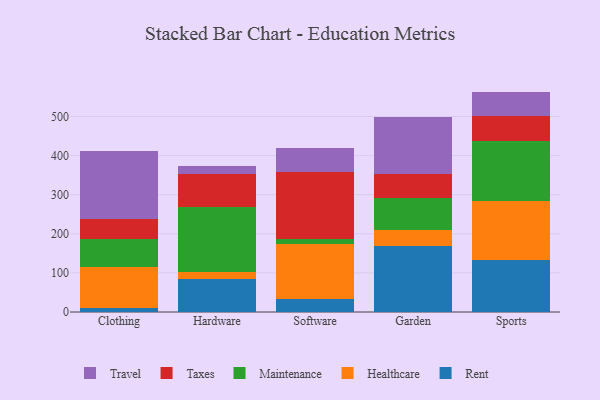
{"axis": {"x": "Category", "y": "Latency (ms)"}, "legend": ["Healthcare", "Maintenance", "Rent", "Taxes", "Travel"], "data": [{"x": "Clothing", "y": 9.7, "type": "Rent"}, {"x": "Clothing", "y": 105.9, "type": "Healthcare"}, {"x": "Clothing", "y": 69.9, "type": "Maintenance"}, {"x": "Clothing", "y": 52.6, "type": "Taxes"}, {"x": "Clothing", "y": 173.8, "type": "Travel"}, {"x": "Hardware", "y": 84.6, "type": "Rent"}, {"x": "Hardware", "y": 18.3, "type": "Healthcare"}, {"x": "Hardware", "y": 165.8, "type": "Maintenance"}, {"x": "Hardware", "y": 83.2, "type": "Taxes"}, {"x": "Hardware", "y": 20.2, "type": "Travel"}, {"x": "Software", "y": 34.2, "type": "Rent"}, {"x": "Software", "y": 138.8, "type": "Healthcare"}, {"x": "Software", "y": 13.5, "type": "Maintenance"}, {"x": "Software", "y": 171.9, "type": "Taxes"}, {"x": "Software", "y": 60.9, "type": "Travel"}, {"x": "Garden", "y": 168.3, "type": "Rent"}, {"x": "Garden", "y": 41.7, "type": "Healthcare"}, {"x": "Garden", "y": 81.3, "type": "Maintenance"}, {"x": "Garden", "y": 60.9, "type": "Taxes"}, {"x": "Garden", "y": 147.5, "type": "Travel"}, {"x": "Sports", "y": 134.2, "type": "Rent"}, {"x": "Sports", "y": 149.7, "type": "Healthcare"}, {"x": "Sports", "y": 153.7, "type": "Maintenance"}, {"x": "Sports", "y": 63.4, "type": "Taxes"}, {"x": "Sports", "y": 62.5, "type": "Travel"}]}